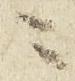
ニ